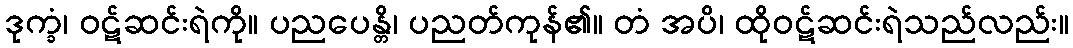
ဒုက္ခံ၊ ဝဋ်ဆင်းရဲကို။ ပညပေန္တိ၊ ပညတ်ကုန်၏။ တံ အပိ၊ ထိုဝဋ်ဆင်းရဲသည်လည်း။